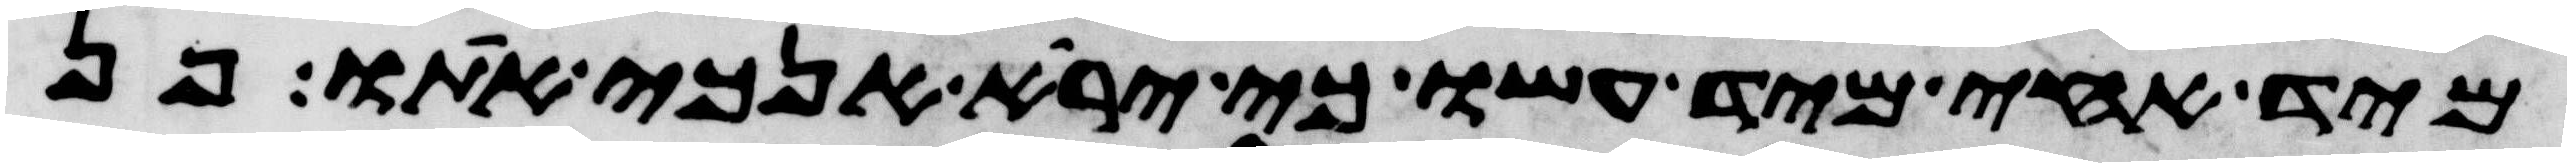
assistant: מיד אחי מיד עשו כי ירא אנכי אתו פן